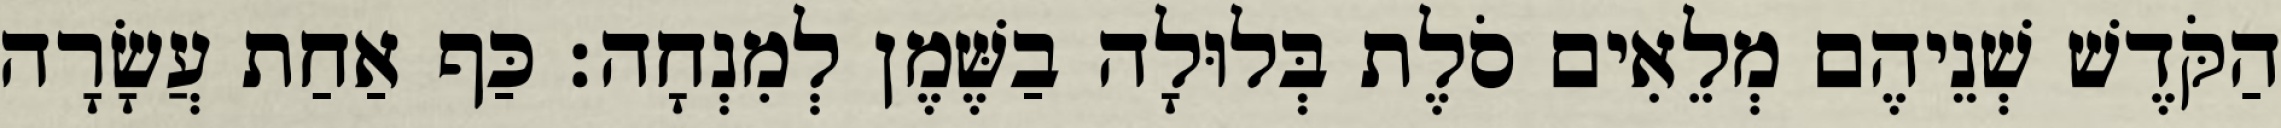
הַקֹּדֶשׁ שְׁנֵיהֶם מְלֵאִים סֹלֶת בְּלוּלָה בַשֶּׁמֶן לְמִנְחָה׃ כַּף אַחַת עֲשָׂרָה